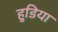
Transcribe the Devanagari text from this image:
हुडिया